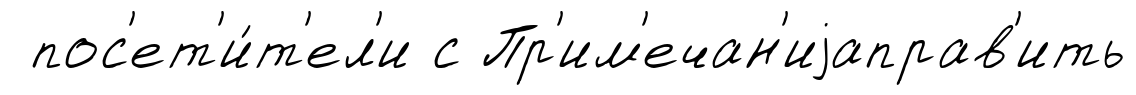
пос'ет'и́т'ел'и с Пр'им'ечан'иjаправ'ить